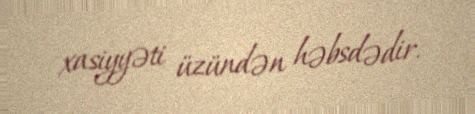
xasiyyəti üzündən həbsdədir.